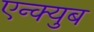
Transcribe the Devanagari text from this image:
एन्क्युब